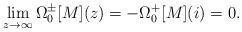
LaTeX: \begin{align*} \lim\limits_{z \rightarrow \infty} \Omega_{0}^{\pm}[M](z) = - \Omega_{0}^{+}[M](i) = 0.\end{align*}